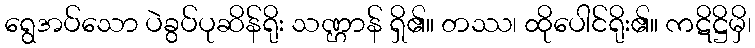
ရွေအပ်သော ပဲခွပ်ပုဆိန်ရိုး သဏ္ဌာန် ရှိ၏။ တဿ၊ ထိုပေါင်ရိုး၏။ ကဋိဋ္ဌိမှိ၊